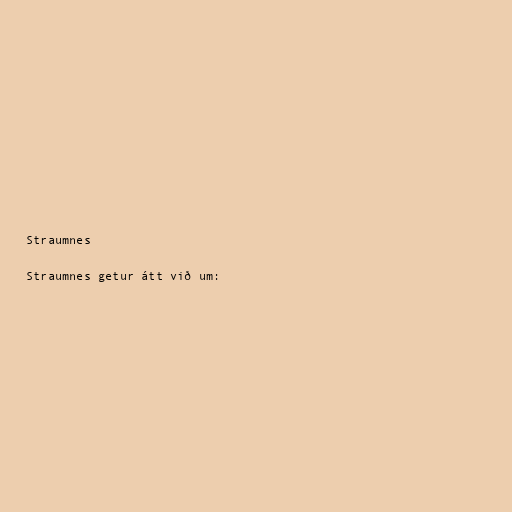
Straumnes

Straumnes getur átt við um: